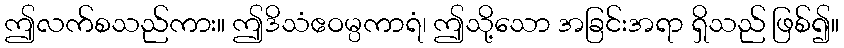
ဤလက်စသည်ကား။ ဤဒိသံဧဝမ္ပကာရံ၊ ဤသို့သော အခြင်းအရာ ရှိသည် ဖြစ်၍။